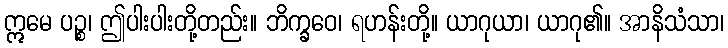
ဣမေ ပဉ္စ၊ ဤပါးပါးတို့တည်း။ ဘိက္ခဝေ၊ ရဟန်းတို့။ ယာဂုယာ၊ ယာဂု၏။ အာနိသံသာ၊